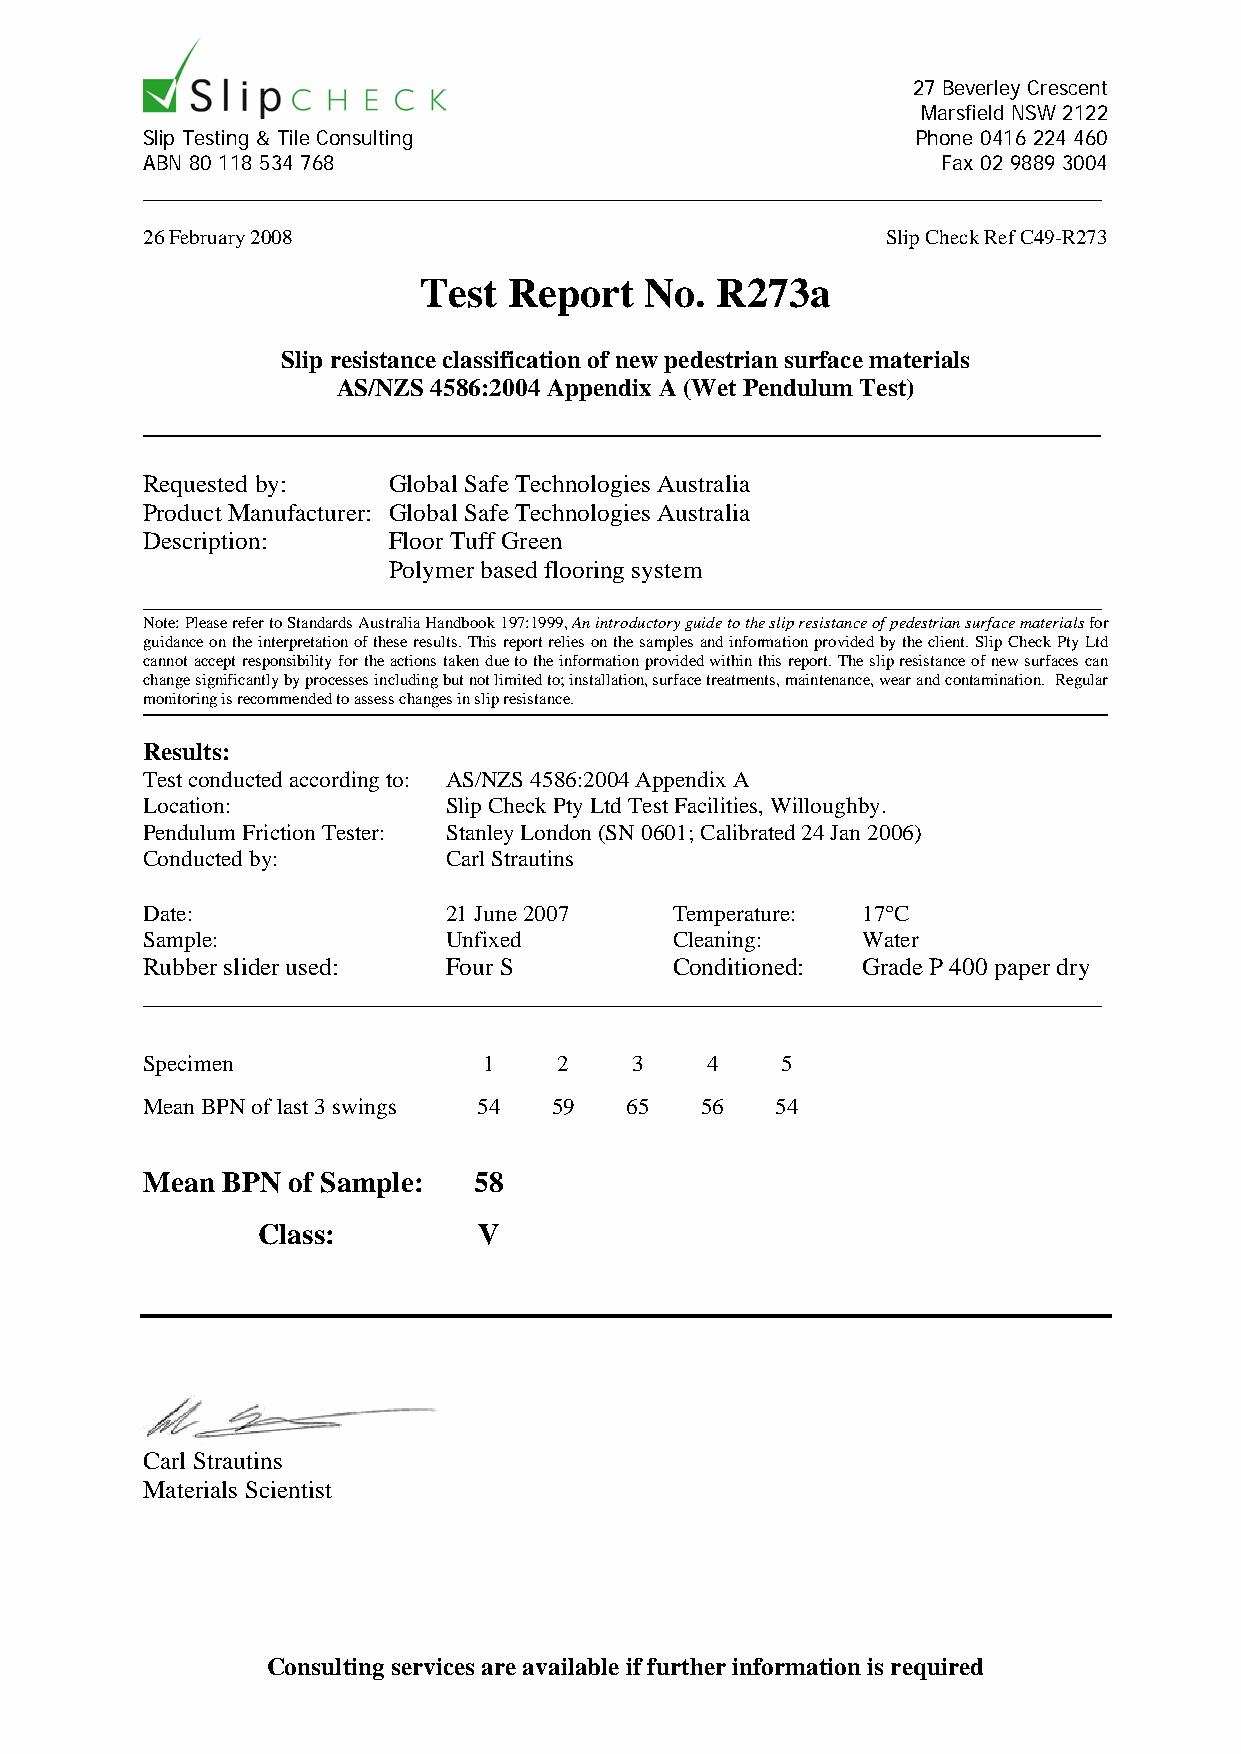
27 Beverley Crescent
 Marsfield NSW 2122
 Slip Testing & Tile Consulting                      Phone 0416 224 460
 ABN 80 118 534 768                                   Fax 02 9889 3004
 ____________________________________________________________________________
 26 February 2008                                  Slip Check Ref C49-R273
 Test  Report   No. R273a
 Slip resistance classification of new pedestrian surface materials
 AS/NZS 4586:2004 Appendix A (Wet Pendulum Test)
 _________________________________________________________
 Requested by:    Global Safe Technologies Australia
 Product Manufacturer: Global Safe Technologies Australia
 Description:     Floor Tuff Green
 Polymer based flooring system
 ____________________________________________________________________________
 Note: Please refer to Standards Australia Handbook 197:1999, An introductory guide to the slip resistance of pedestrian surface materials for
 guidance on the interpretation of these results. This report relies on the samples and information provided by the client. Slip Check Pty Ltd
 cannot accept responsibility for the actions taken due to the information provided within this report. The slip resistance of new surfaces can
 change significantly by processes including but not limited to; installation, surface treatments, maintenance, wear and contamination. Regular
 monitoring is recommended to assess changes in slip resistance.
 Results:
 Test conducted according to: AS/NZS 4586:2004 Appendix A
 Location:           Slip Check Pty Ltd Test Facilities, Willoughby.
 Pendulum Friction Tester: Stanley London (SN 0601; Calibrated 24 Jan 2006)
 Conducted by:       Carl Strautins
 Date:               21 June 2007    Temperature: 17°C
 Sample:             Unfixed         Cleaning:   Water
 Rubber slider used: Four S          Conditioned: Grade P 400 paper dry
 ____________________________________________________________________________
 Specimen               1    2    3    4    5
 Mean BPN of last 3 swings 54 59 65   56   54
 Mean  BPN of Sample:  58
 Class:         V
 Carl Strautins
 Materials Scientist
 Consulting services are available if further information is required